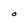
Character: O